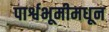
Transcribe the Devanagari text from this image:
पार्श्वभूमीमधून